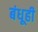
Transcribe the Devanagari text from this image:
बंधूही